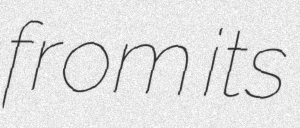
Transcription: from its